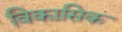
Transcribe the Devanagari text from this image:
विकासिक